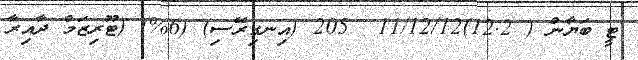
ޓީ ބަޔާން ( 12.2)11/12/12  205 (އިނގިރޭސި) (6%) (ޓޫރިޒަމް ދާއިރާ